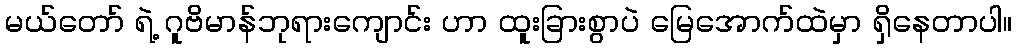
မယ်တော် ရဲ့ ဂူဗိမာန်ဘုရားကျောင်း ဟာ ထူးခြားစွာပဲ မြေအောက်ထဲမှာ ရှိနေတာပါ။